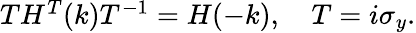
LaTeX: \begin{array}{r}{TH^{T}(k)T^{-1}=H(-k),\quad T=i\sigma_{y}.}\end{array}